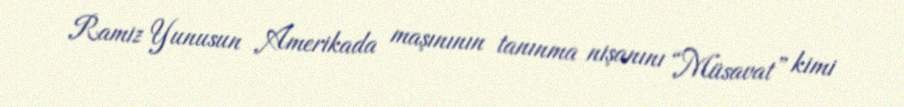
Ramiz Yunusun Amerikada maşınının tanınma nişanını “Müsavat” kimi